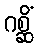
ဂစ္ဆိံ